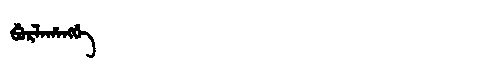
Manchu: ᠪᡠᡵᠯᠠᡥᠠᠩᡤᡝ
Romanization: BURLAHANGGE